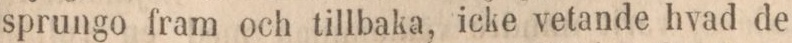
sprungo fram och tillbaka, icke vetande hvad de